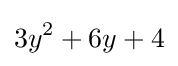
3y^{2}+6y+4